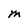
Character: m